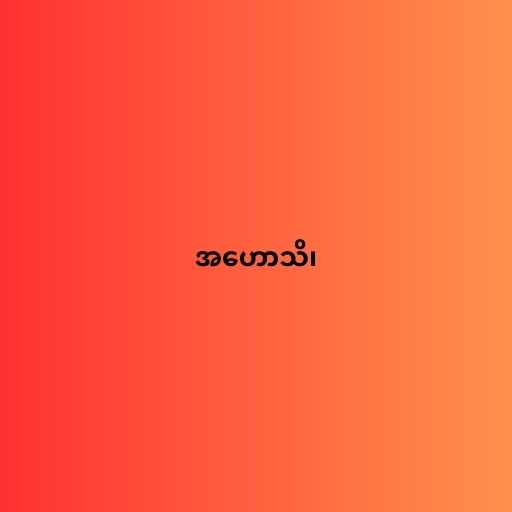
အဟောသိ၊